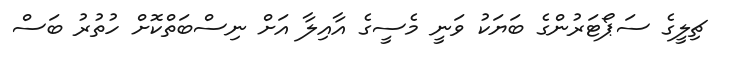
ޗިލީގެ ސަޕޯޓަރުންގެ ބަޔަކު ވަނީ މެސީގެ އާއިލާ އަށް ނިސްބަތްކޮށް ހުތުރު ބަސް